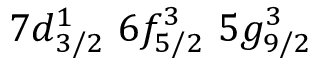
7 d _ { 3 / 2 } ^ { 1 } \, \, 6 f _ { 5 / 2 } ^ { 3 } \, \, 5 g _ { 9 / 2 } ^ { 3 }